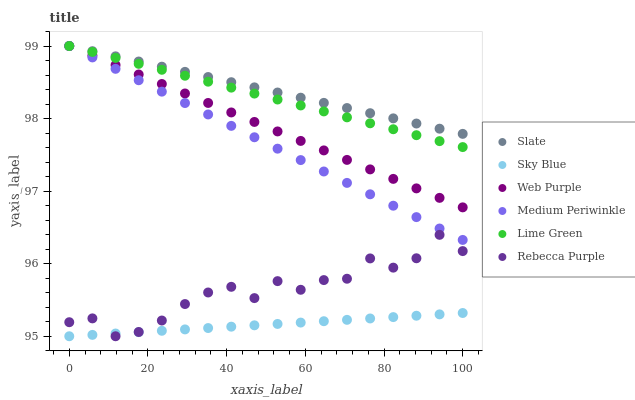
| xaxis_label | Slate | Sky Blue | Web Purple | Medium Periwinkle | Lime Green | Rebecca Purple |
 | --- | --- | --- | --- | --- | --- | --- |
 | 0 | 99 | 95 | 99 | 99 | 99 | 95.2 |
 | 5.88 | 98.9 | 95 | 98.9 | 98.8 | 98.9 | 95.2 |
 | 11.8 | 98.9 | 95 | 98.7 | 98.7 | 98.8 | 95 |
 | 17.6 | 98.8 | 95.1 | 98.6 | 98.5 | 98.8 | 95.1 |
 | 23.5 | 98.7 | 95.1 | 98.5 | 98.4 | 98.7 | 95.2 |
 | 29.4 | 98.6 | 95.1 | 98.3 | 98.2 | 98.6 | 95.4 |
 | 35.3 | 98.6 | 95.1 | 98.2 | 98.1 | 98.5 | 95.6 |
 | 41.2 | 98.5 | 95.1 | 98.1 | 97.9 | 98.4 | 95.7 |
 | 47.1 | 98.4 | 95.2 | 98 | 97.7 | 98.3 | 95.5 |
 | 52.9 | 98.4 | 95.2 | 97.8 | 97.6 | 98.3 | 95.8 |
 | 58.8 | 98.3 | 95.2 | 97.7 | 97.4 | 98.2 | 95.6 |
 | 64.7 | 98.2 | 95.2 | 97.6 | 97.3 | 98.1 | 95.8 |
 | 70.6 | 98.1 | 95.2 | 97.4 | 97.1 | 98 | 95.8 |
 | 76.5 | 98.1 | 95.2 | 97.3 | 97 | 97.9 | 96.1 |
 | 82.4 | 98 | 95.3 | 97.2 | 96.8 | 97.9 | 95.9 |
 | 88.2 | 97.9 | 95.3 | 97 | 96.6 | 97.8 | 96.1 |
 | 94.1 | 97.9 | 95.3 | 96.9 | 96.5 | 97.7 | 96.4 |
 | 100 | 97.8 | 95.3 | 96.8 | 96.3 | 97.6 | 96.2 |